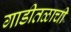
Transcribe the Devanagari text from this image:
गाडीतळाची